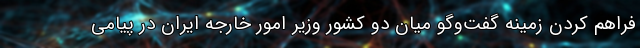
فراهم کردن زمینه گفت‌وگو میان دو کشور وزیر امور خارجه ایران در پیامی